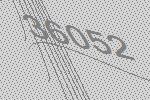
36052